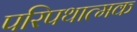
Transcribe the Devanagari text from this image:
परिपथात्मक